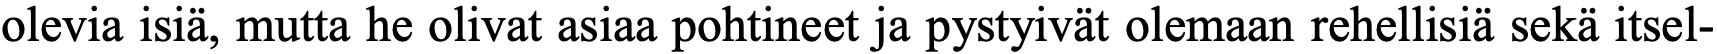
olevia isiä, mutta he olivat asiaa pohtineet ja pystyivät olemaan rehellisiä sekä itsel-